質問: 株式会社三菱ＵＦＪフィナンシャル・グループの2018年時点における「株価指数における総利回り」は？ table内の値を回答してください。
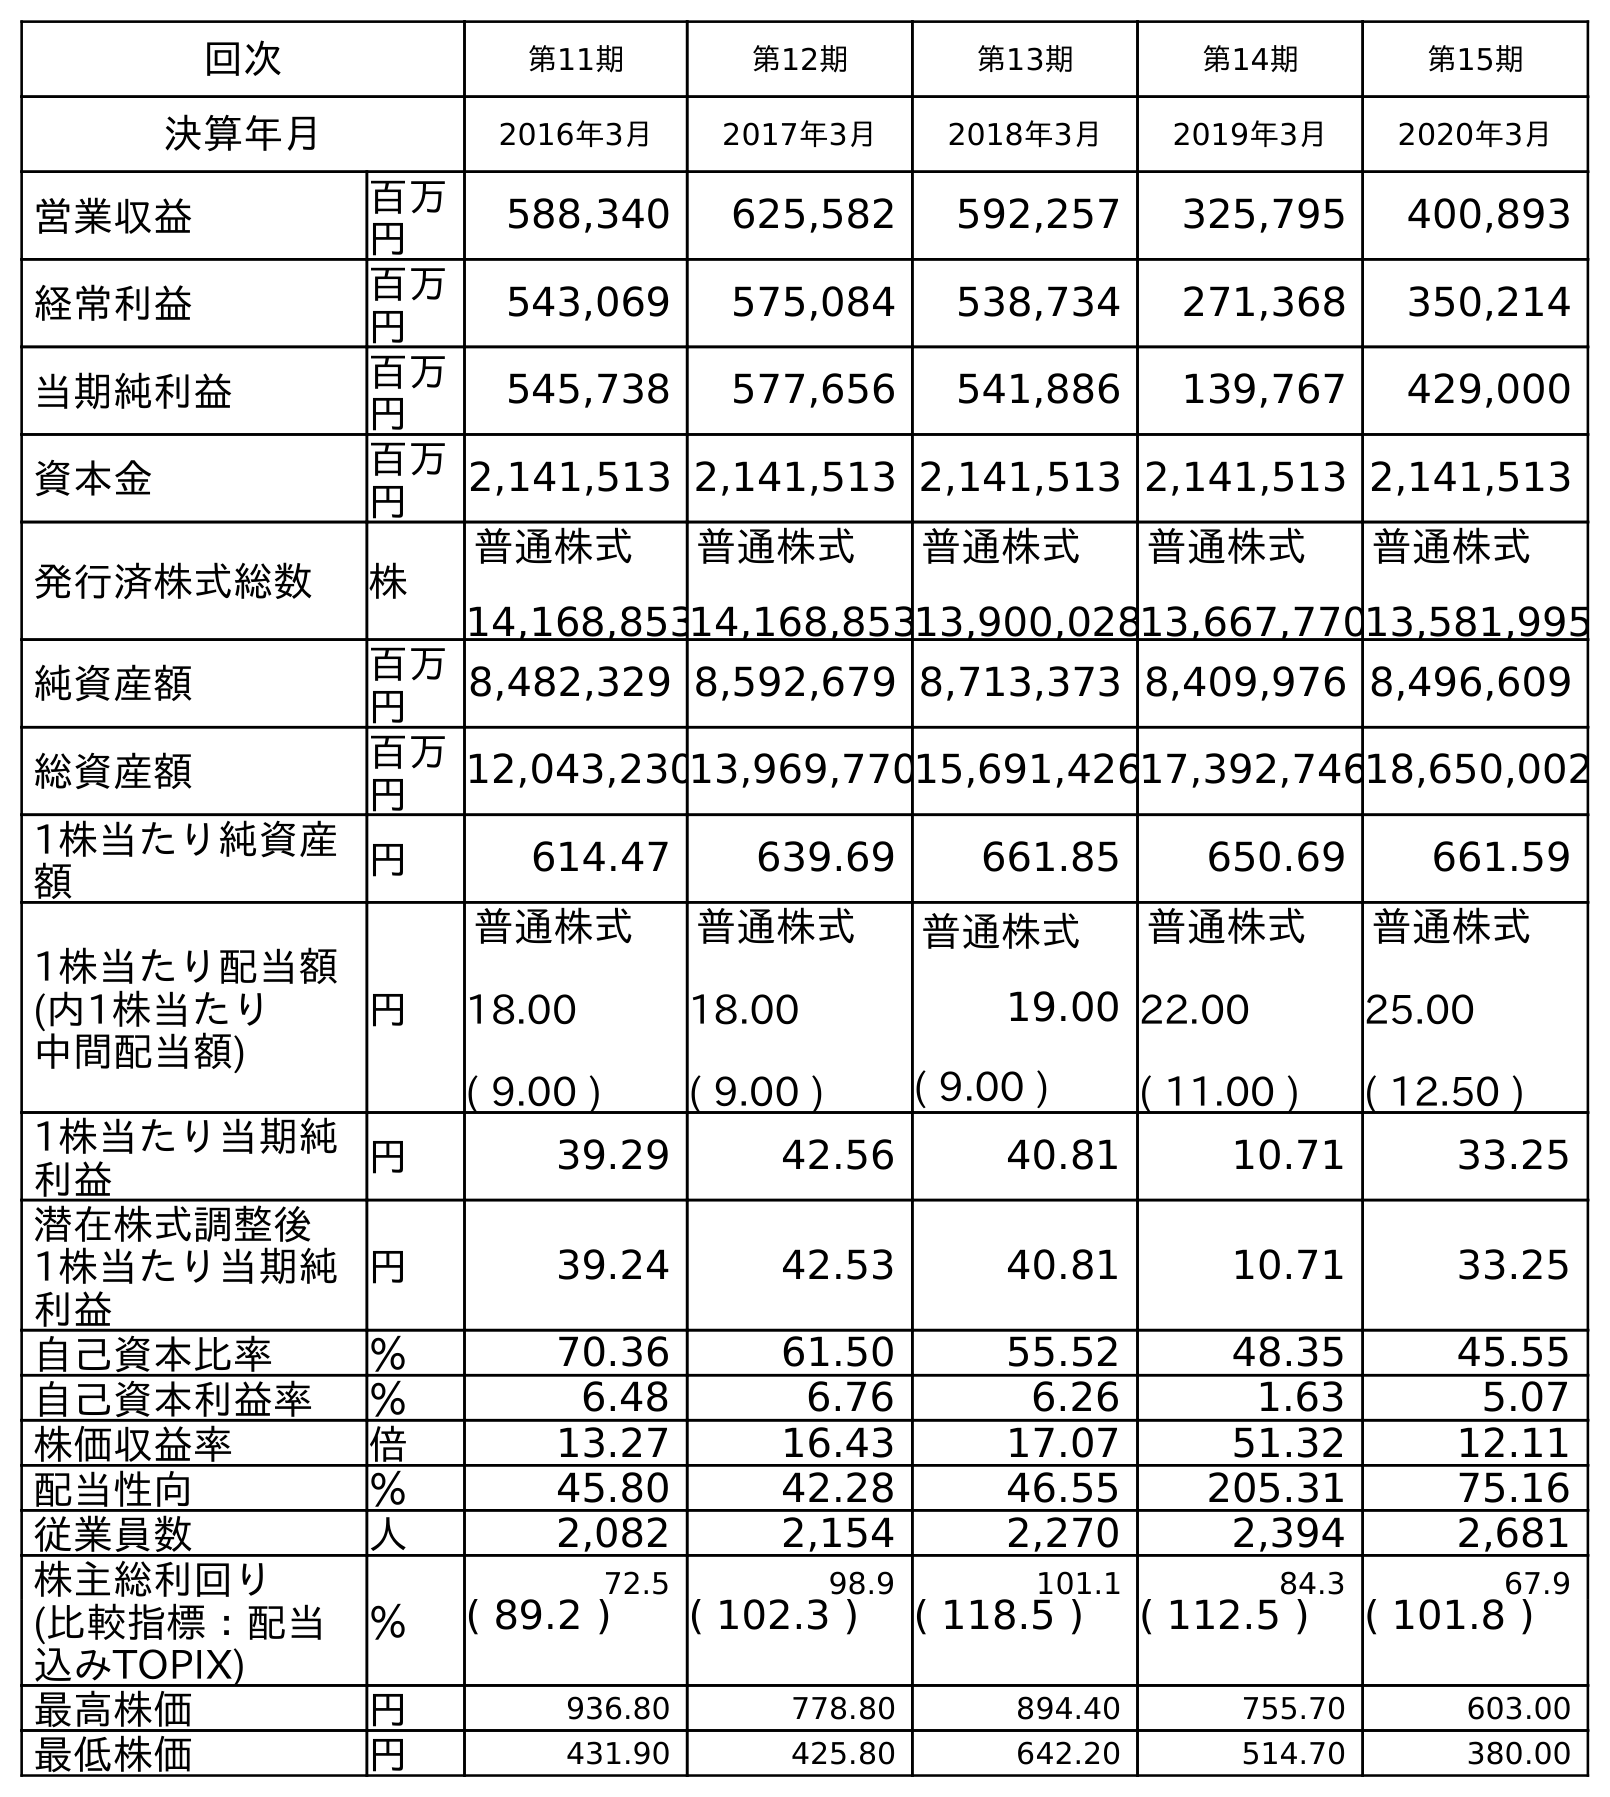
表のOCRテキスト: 回次 第11期 第12期 第13期 第14期 第15期 決算年月 2016年3月 2017年3月 2018年3月 2019年3月 2020年3月 営業収益 百万 円 588,340 625,582 592,257 325,795 400,893 経常利益 百万 円 543,069 575,084 538,734 271,368 350,214 当期純利益 百万 円 545,738 577,656 541,886 139,767 429,000 資本金 百万 円 2,141,513 2,141,513 2,141,513 2,141,513 2,141,513 発行済株式総数 株 普通株式 14,168,853 普通株式 14,168,853 普通株式 13,900,028 普通株式 13,667,770 普通株式 13,581,995 純資産額 百万 円 8,482,329 8,592,679 8,713,373 8,409,976 8,496,609 総資産額 百万 円 12,043,23013,969,77015,691,42617,392,74618,650,002 1株当たり純資産 額 円 614.47 639.69 661.85 650.69 661.59 1株当たり配当額 (内1株当たり 中間配当額) 円 普通株式 18.00 ( 9.00 ) 普通株式 18.00 ( 9.00 ) 普通株式 19.00 ( 9.00 ) 普通株式 22.00 ( 11.00 ) 普通株式 25.00 ( 12.50 ) 1株当たり当期純 利益 円 39.29 42.56 40.81 10.71 33.25 潜在株式調整後 1株当たり当期純 利益 円 39.24 42.53 40.81 10.71 33.25 自己資本比率 ％ 70.36 61.50 55.52 48.35 45.55 自己資本利益率 ％ 6.48 6.76 6.26 1.63 5.07 株価収益率 倍 13.27 16.43 17.07 51.32 12.11 配当性向 ％ 45.80 42.28 46.55 205.31 75.16 従業員数 人 2,082 2,154 2,270 2,394 2,681 株主総利回り ％ 72.5 98.9 101.1 84.3 67.9 (比較指標：配当 込みTOPIX) ( 89.2 ) ( 102.3 ) ( 118.5 ) ( 112.5 ) ( 101.8 ) 最高株価 円 936.80 778.80 894.40 755.70 603.00 最低株価 円 431.90 425.80 642.20 514.70 380.00
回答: (118.5)